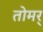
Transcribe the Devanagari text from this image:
तोमर्